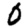
Digit: 0